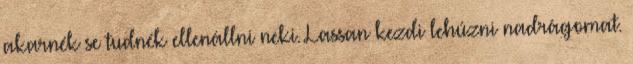
akarnék se tudnék ellenállni neki. Lassan kezdi lehúzni nadrágomat.